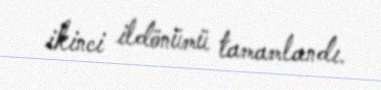
ikinci ildönümü tamamlandı.